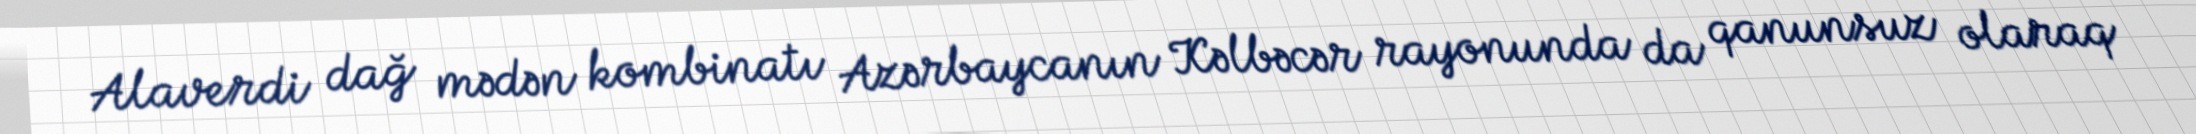
Alaverdi dağ mədən kombinatı Azərbaycanın Kəlbəcər rayonunda da qanunsuz olaraq